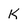
Character: k